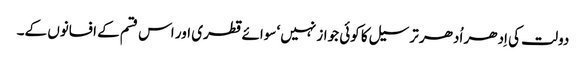
دولت کی اِدھر اُدھر ترسیل کا کوئی جواز نہیں‘ سوائے قطری اور اس قسم کے افسانوں کے۔